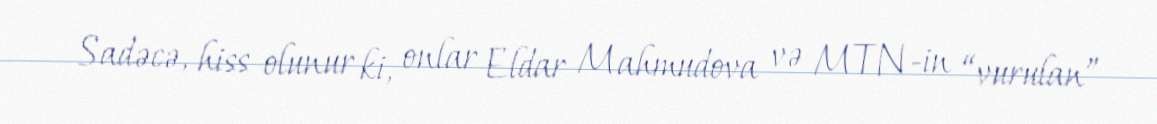
Sadəcə, hiss olunur ki, onlar Eldar Mahmudova və MTN-in “vurulan”